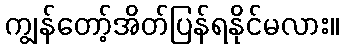
ကျွန်တော့်အိတ်ပြန်ရနိုင်မလား။